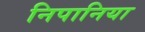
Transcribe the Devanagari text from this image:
निपानिया